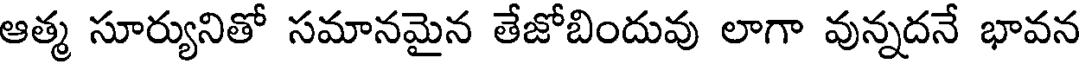
ఆత్మ సూర్యునితో సమానమైన తేజోబిందువు లాగా వున్నదనే భావన